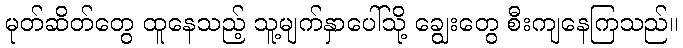
မုတ်ဆိတ်တွေ ထူနေသည့် သူ့မျက်နှာပေါ်သို့ ချွေးတွေ စီးကျနေကြသည်။